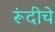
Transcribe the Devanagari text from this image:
रूंदीचे